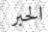
الحبر